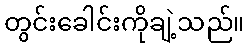
တွင်းခေါင်းကိုချဲ့သည်။